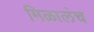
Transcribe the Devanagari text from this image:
मिळालंच